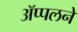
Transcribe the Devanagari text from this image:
ॲप्पलने